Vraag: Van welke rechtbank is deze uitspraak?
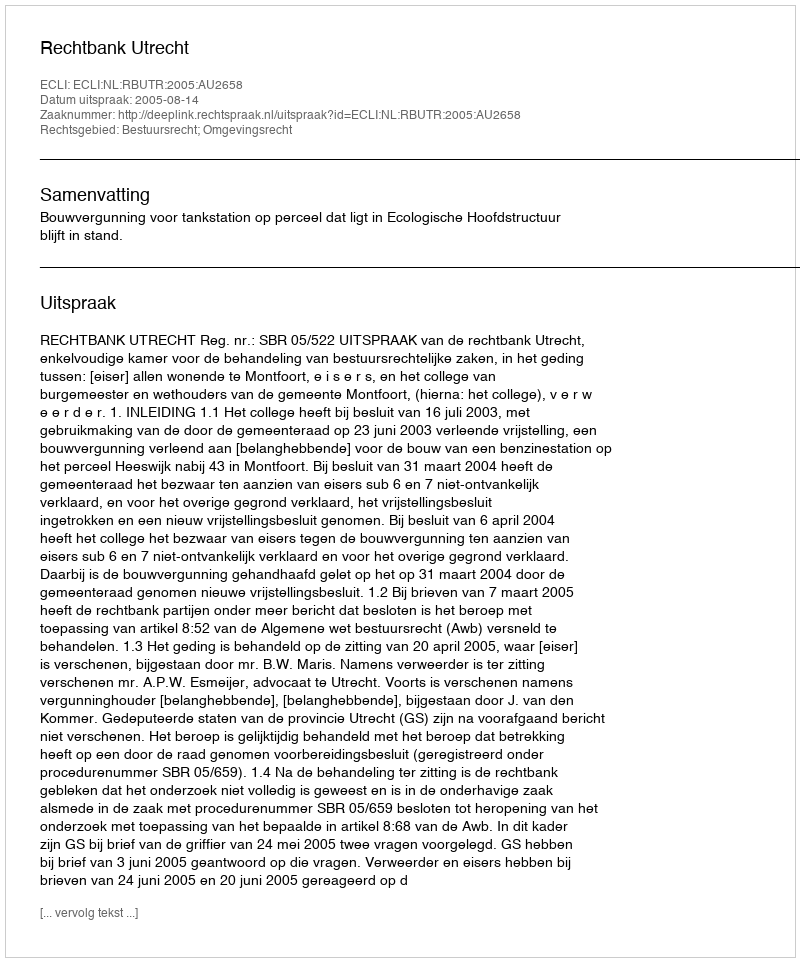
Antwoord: Rechtbank Utrecht